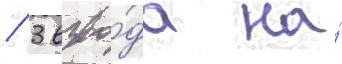
/ 3 взво́да на́